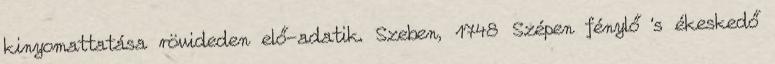
kinyomattatása rövideden elő-adatik. Szeben, 1748 Szépen fénylő 's ékeskedő